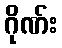
ဂိုဏ်း